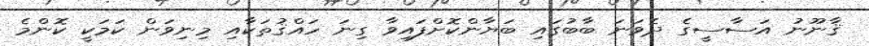
ޤާނޫނު އަސާސީގެ ދެވަނަ ބާބުގައި ބަޔާންކޮށްފައިވާ ގިނަ ހައްޤުތަކާއި މިނިވަން ކަމަކީ ކޮންމެ